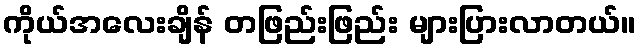
ကိုယ်အလေးချိန် တဖြည်းဖြည်း များပြားလာတယ်။